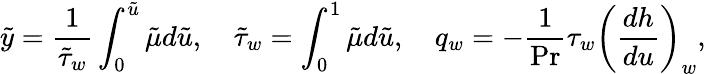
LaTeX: {\tilde{y}}={\frac{1}{{\tilde{\tau}}_{w}}}\int_{0}^{\tilde{u}}{\tilde{\mu}}d{\tilde{u}},\quad{\tilde{\tau}}_{w}=\int_{0}^{1}{\tilde{\mu}}d{\tilde{u}},\quad q_{w}=-{\frac{1}{\mathrm{Pr}}}\tau_{w}\left({\frac{dh}{du}}\right)_{w},